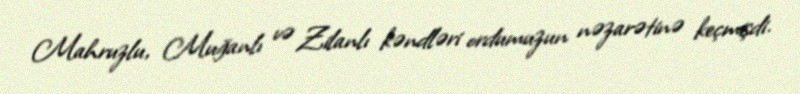
Mahruzlu, Muğanlı və Zilanlı kəndləri ordumuzun nəzarətinə keçmişdi.